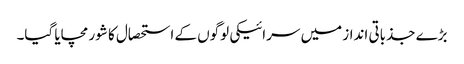
بڑے جذباتی انداز میں سرائیکی لوگوں کے استحصال کا شور مچایا گیا۔